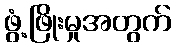
ဖွံ့ဖြိုးမှုအတွက်